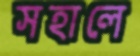
সহালে